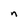
Character: n